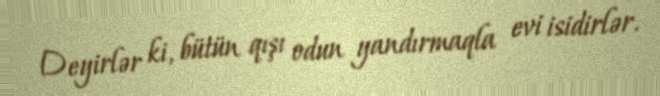
Deyirlər ki, bütün qışı odun yandırmaqla evi isidirlər.